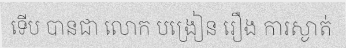
ទើប បានជា លោក បង្រៀន រឿង ការស្ងាត់